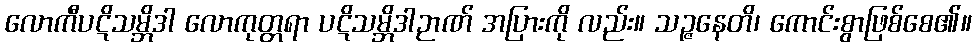
လောကီပဋိသမ္ဘိဒါ လောကုတ္တရာ ပဋိသမ္ဘိဒါဉာဏ် အပြားကို လည်း။ သဉ္ဇနေတိ၊ ကောင်းစွာဖြစ်စေ၏။